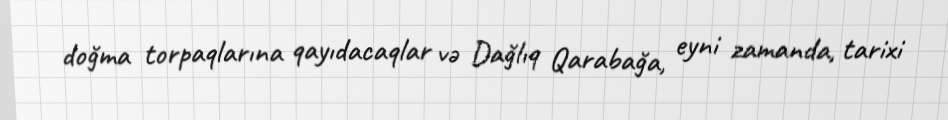
doğma torpaqlarına qayıdacaqlar və Dağlıq Qarabağa, eyni zamanda, tarixi